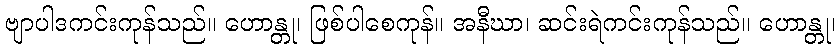
ဗျာပါဒကင်းကုန်သည်။ ဟောန္တု၊ ဖြစ်ပါစေကုန်။ အနီဃာ၊ ဆင်းရဲကင်းကုန်သည်။ ဟောန္တု၊